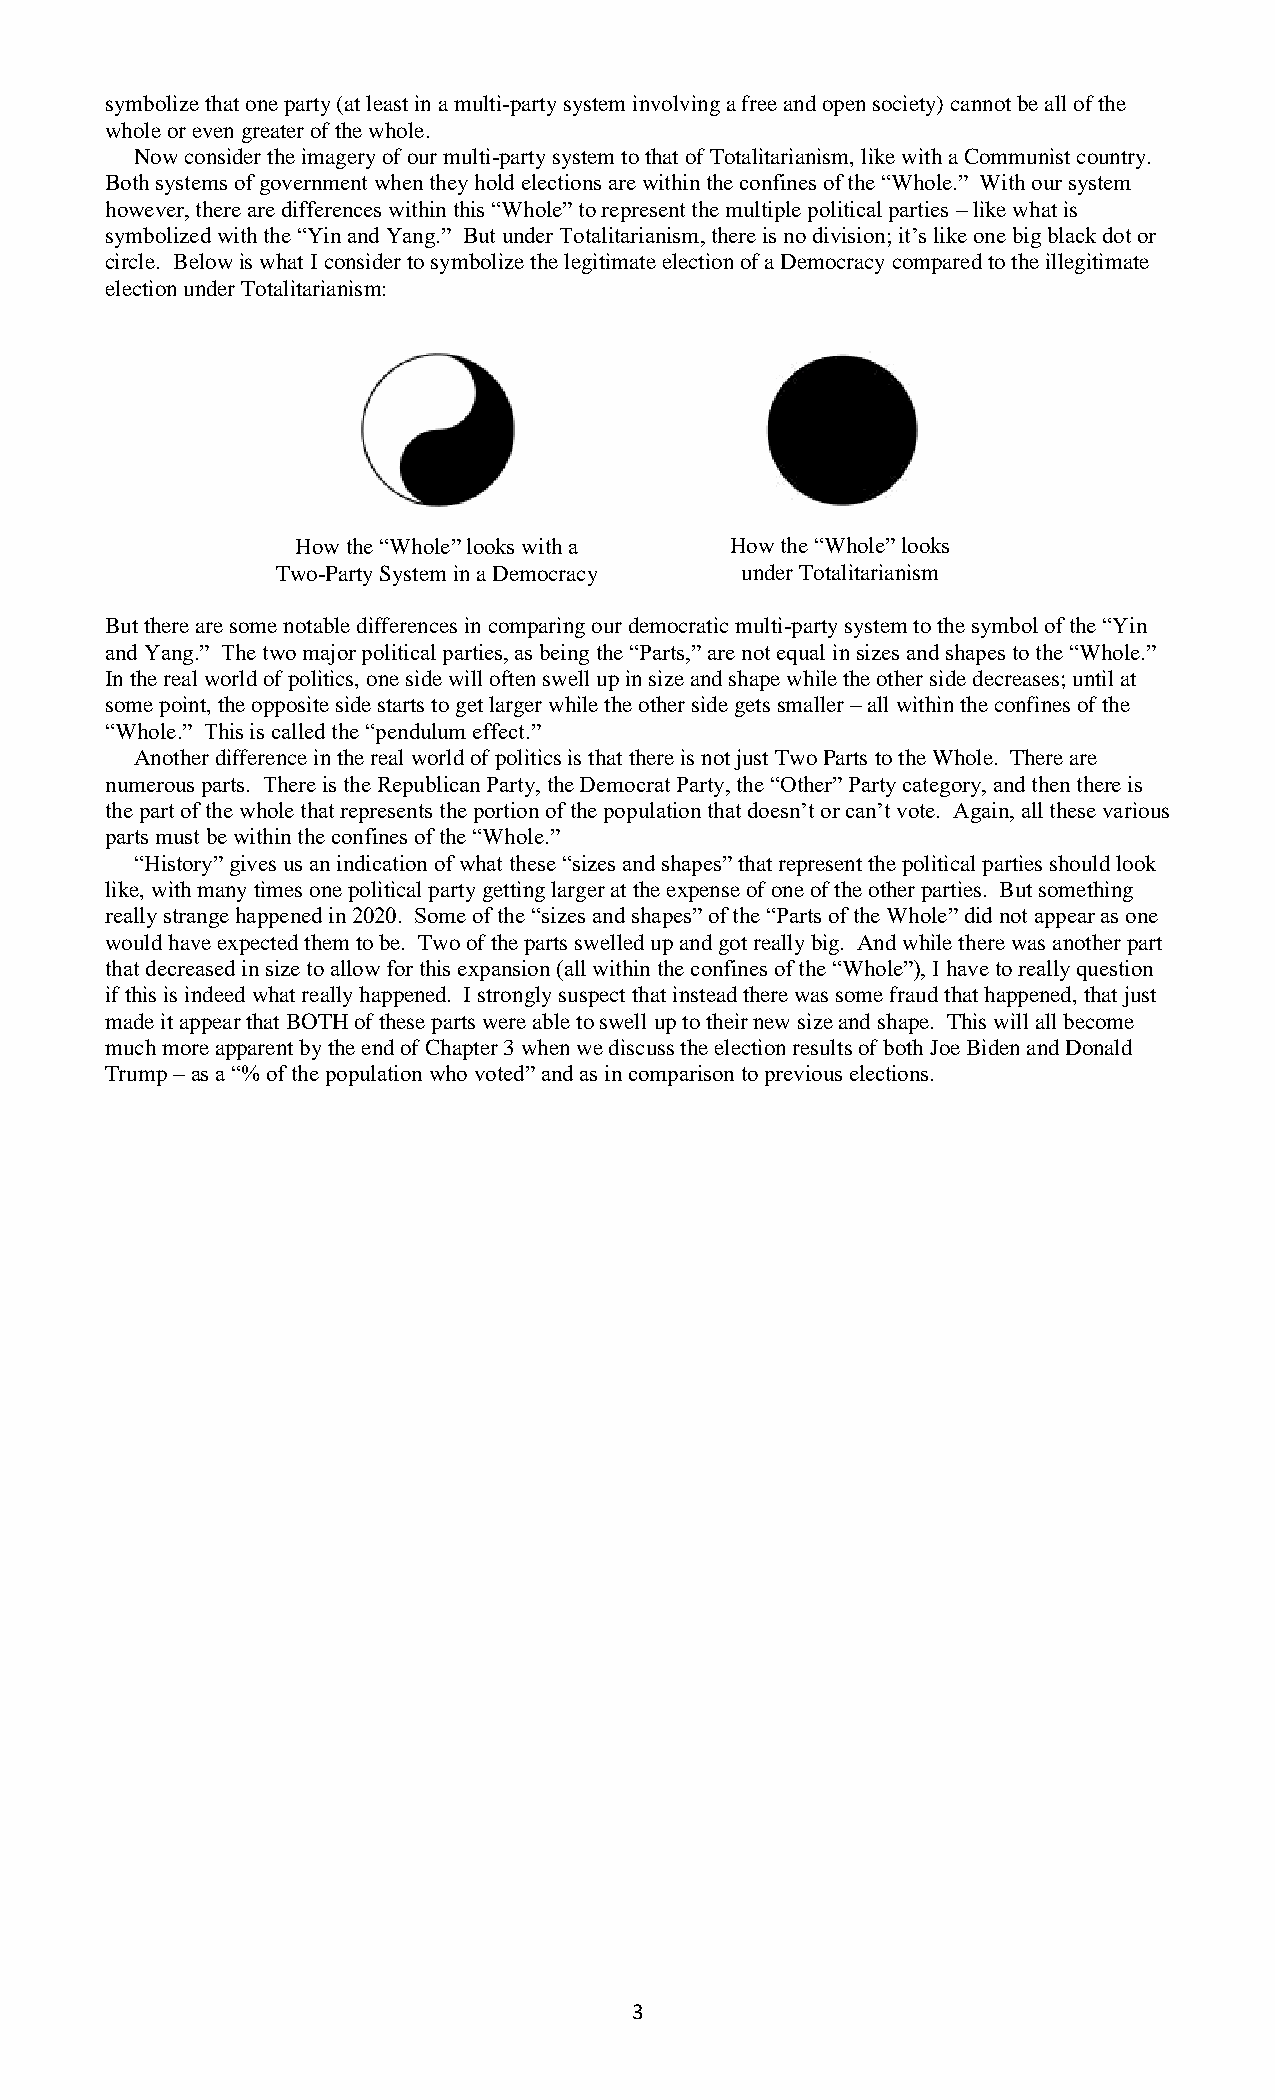
symbolize that one party (at least in a multi-party system involving a free and open society) cannot be all of the
 whole or even greater of the whole.
 Now consider the imagery of our multi-party system to that of Totalitarianism, like with a Communist country.
 Both systems of government when they hold elections are within the confines of the “Whole.” With our system
 however, there are differences within this “Whole” to represent the multiple political parties – like what is
 symbolized with the “Yin and Yang.” But under Totalitarianism, there is no division; it’s like one big black dot or
 circle. Below is what I consider to symbolize the legitimate election of a Democracy compared to the illegitimate
 election under Totalitarianism:
 How the “Whole” looks with a How the “Whole” looks
 Two-Party System in a Democracy under Totalitarianism
 But there are some notable differences in comparing our democratic multi-party system to the symbol of the “Yin
 and Yang.” The two major political parties, as being the “Parts,” are not equal in sizes and shapes to the “Whole.”
 In the real world of politics, one side will often swell up in size and shape while the other side decreases; until at
 some point, the opposite side starts to get larger while the other side gets smaller – all within the confines of the
 “Whole.” This is called the “pendulum effect.”
 Another difference in the real world of politics is that there is not just Two Parts to the Whole. There are
 numerous parts. There is the Republican Party, the Democrat Party, the “Other” Party category, and then there is
 the part of the whole that represents the portion of the population that doesn’t or can’t vote. Again, all these various
 parts must be within the confines of the “Whole.”
 “History” gives us an indication of what these “sizes and shapes” that represent the political parties should look
 like, with many times one political party getting larger at the expense of one of the other parties. But something
 really strange happened in 2020. Some of the “sizes and shapes” of the “Parts of the Whole” did not appear as one
 would have expected them to be. Two of the parts swelled up and got really big. And while there was another part
 that decreased in size to allow for this expansion (all within the confines of the “Whole”), I have to really question
 if this is indeed what really happened. I strongly suspect that instead there was some fraud that happened, that just
 made it appear that BOTH of these parts were able to swell up to their new size and shape. This will all become
 much more apparent by the end of Chapter 3 when we discuss the election results of both Joe Biden and Donald
 Trump – as a “% of the population who voted” and as in comparison to previous elections.
 3